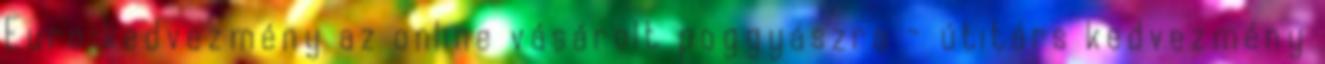
Euro kedvezmény az online vásárolt poggyászra - útitárs kedvezmény